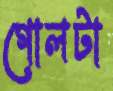
গোলটা